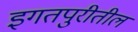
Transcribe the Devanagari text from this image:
इगतपुरीतील